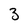
Character: 3